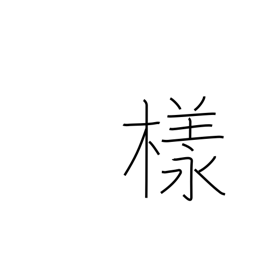
Meaning: Esq.